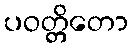
ပဝတ္တိတော